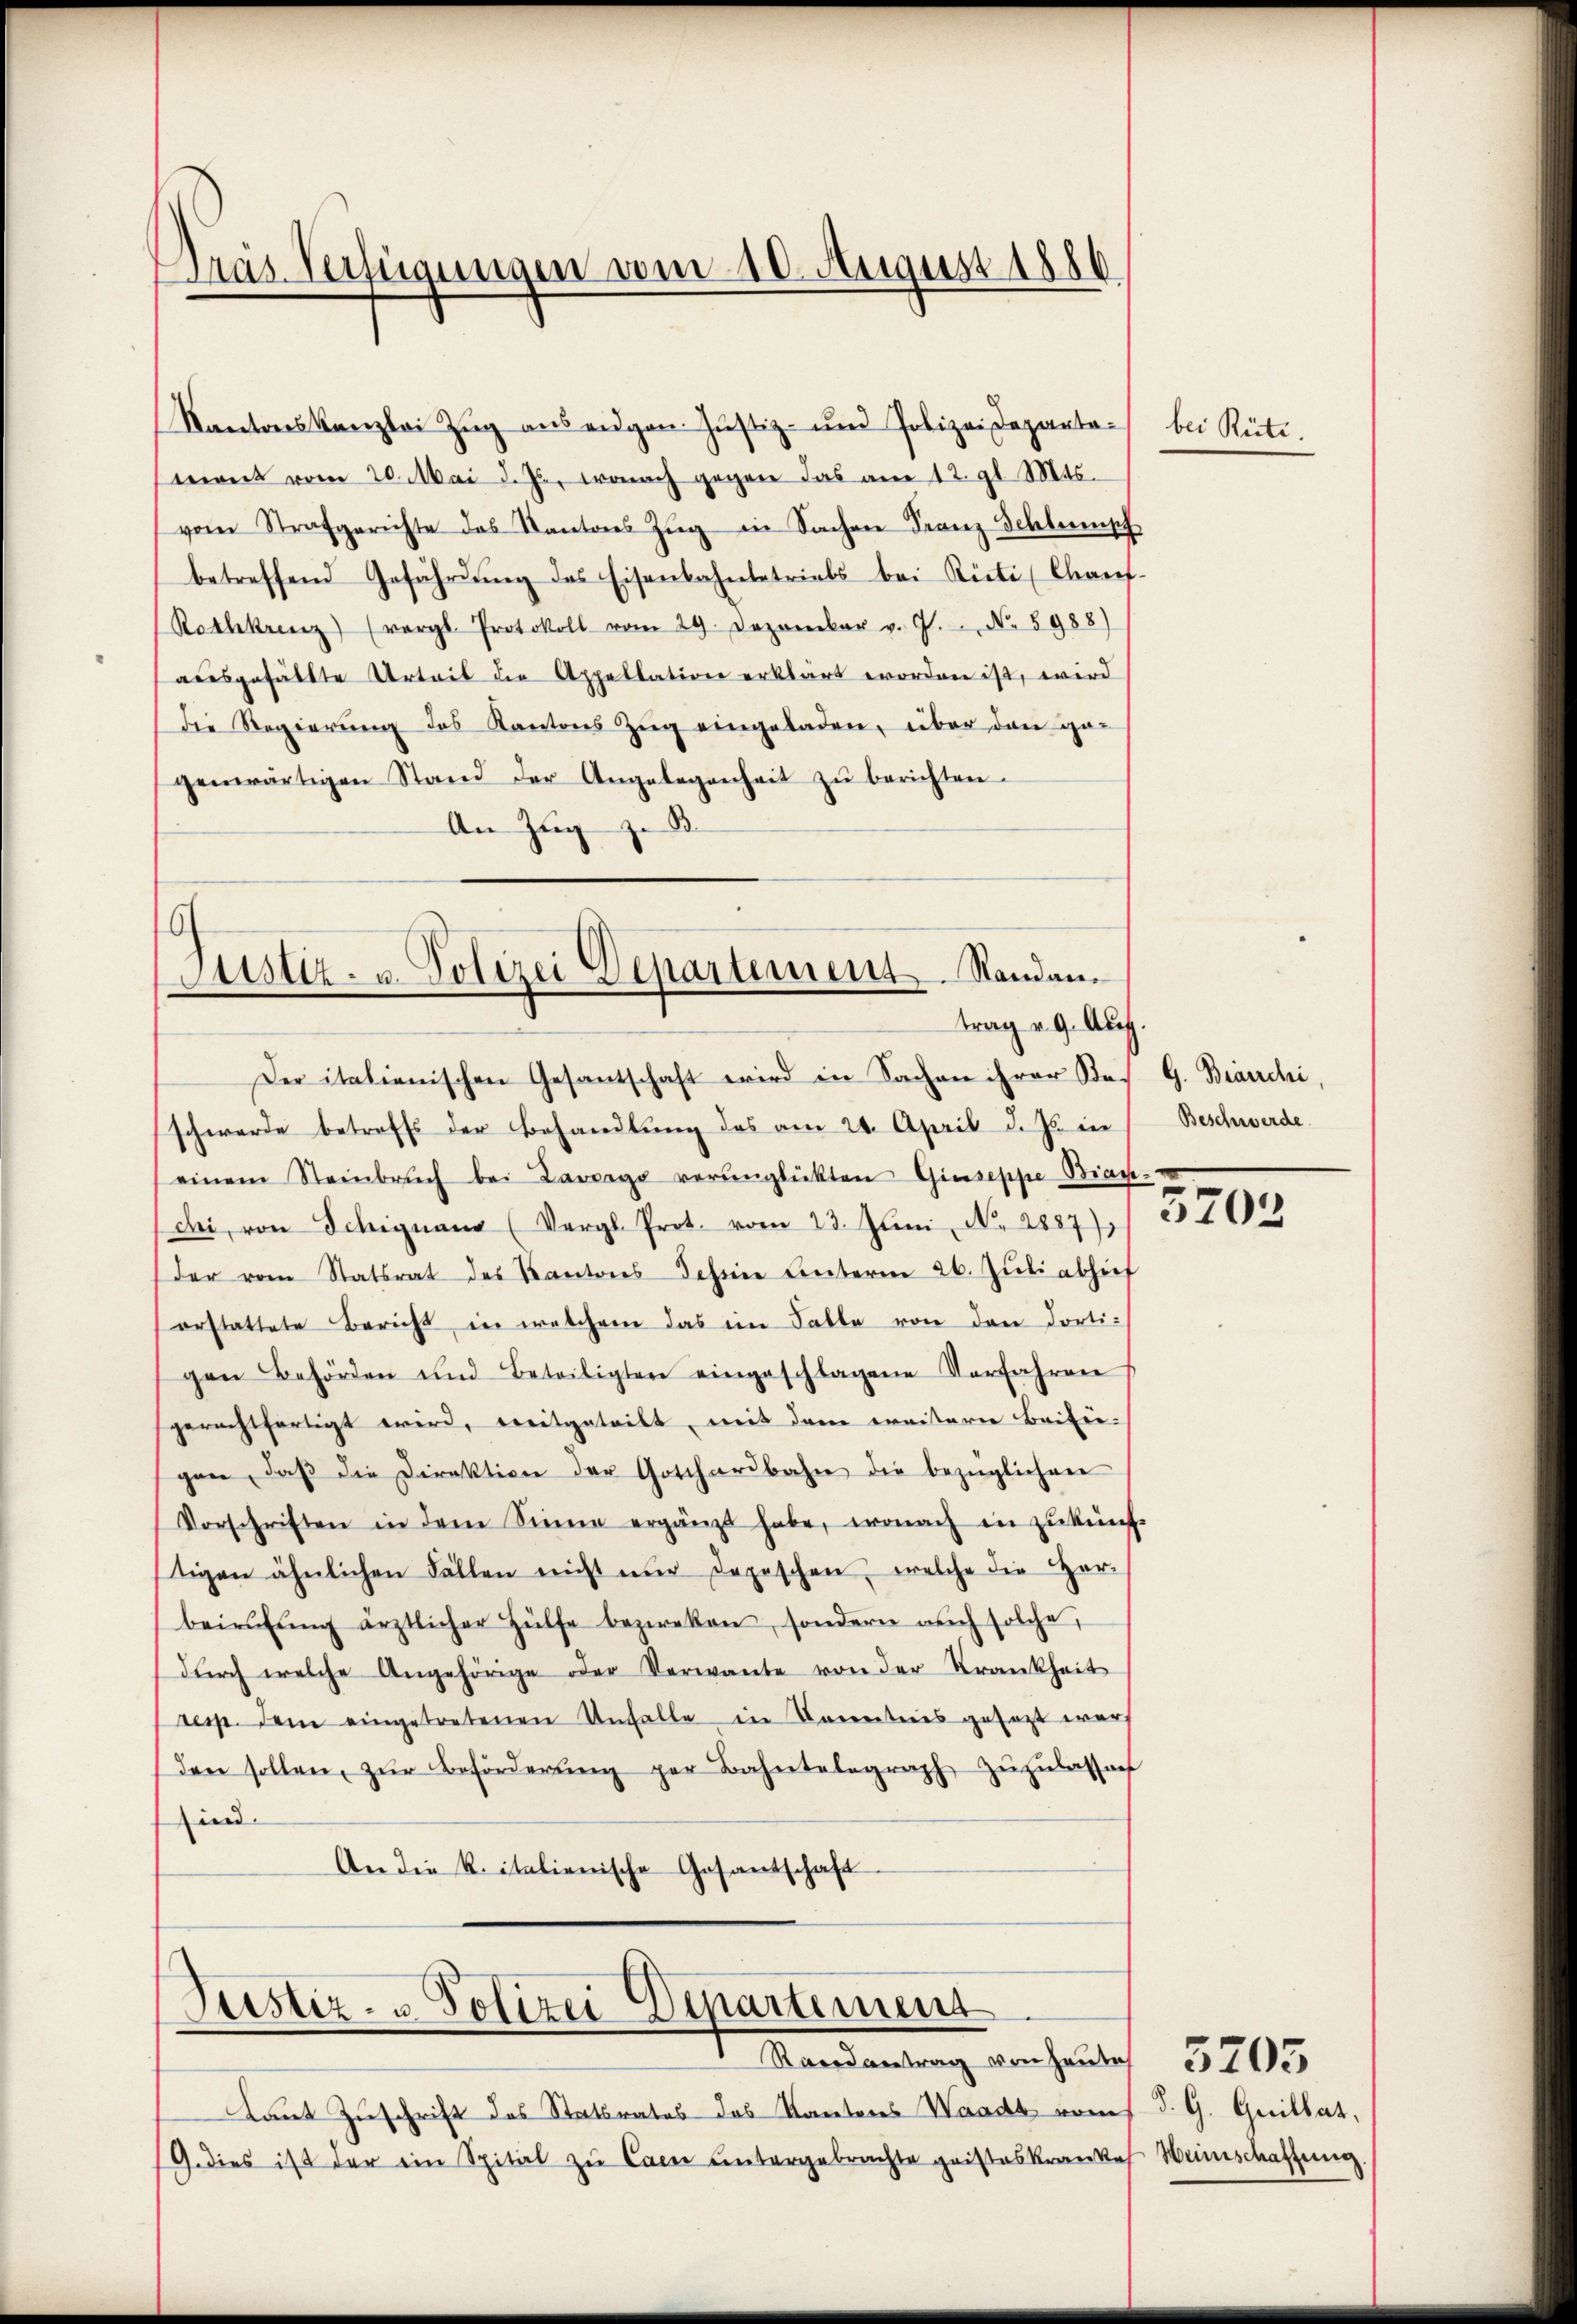
Kantonskanzlei Zug auszugen Justiz- und Polizeideparten bei Rüti.
mant vom 20. Mai d. Js., wonach gegen das am 12. gl. Mts.
vom Strafgerichte des Kantons Zŭg in Sachen Franz Schlumph
betreffend Gefährdung des Eisenbahnbetriebs bei Rüti (Chauf-
(Rothkreuz (vergl. Protokoll vom 29. Dezember v. J. N. 5988)
ausgefällte Urteil die Appellation erklärt worden ist, wird
die Regierŭng des Kantons Zŭg eingeladen, über den ge-
genwärtigen Stand der Angelegenheit zŭ berichten.
An Zug zu B

Gras Verfügungen vom 10. August 1880

.
Justiz- u. Polizei Departement. Standantrag v. 9. Aug.

Der italienischen Gesantschaft wird in Sachen ihrer Ste
schwerde betreffs der Behandlŭng des am 24. April d. Js. in
einem Steinbrŭch bei Lavorge verŭnglükten Giuseppe Bian-
dei von Schignang (Vergl. Prot. vom 23. Juni, No. 2887)
der vom Statsrat des Kantons Jahrne Unterm 26. Jŭli abhief
orstattete Bericht in welchem das im Falle von den dorti-
gen Behörden und Beteiligten eingeschlagene Verfahren
gerechtfertigt wird, breitgeteilt, mit dem weitern Baifie-
gen, daβ die Direktion der Gotthardbahn die bezüglichen
Vorschriften in dem Sinne ergänzt habe, wonach in zŭ künf-
tigen ähnlichen Fällen nicht nŭr depeschen, welche die Her-
beirŭfŭng ärztlicher Hülfe bezweken, sondern aŭch solche,
dŭrch welche Angehörige oder Verwante von der Trankheit
resp. dem eingetretenen Unfalle in Bereiteres gesagt war
den sollen, zŭr Beförderŭng per Bahntelegraph zŭzŭlassen
ind.
An die kritalienische Gesantschaft

Justiz- & Polizei Departement

Randantrag von Hauses
Aaut Zuschrift des Statsrates das Kantons Waadt vom
G. dies ist der ein Spital zu Cam untergebrachte geisteskrankes

G. Branchi,
Beschwerde.

5702

S. G. Guillat,
Weinschaffung.

3205